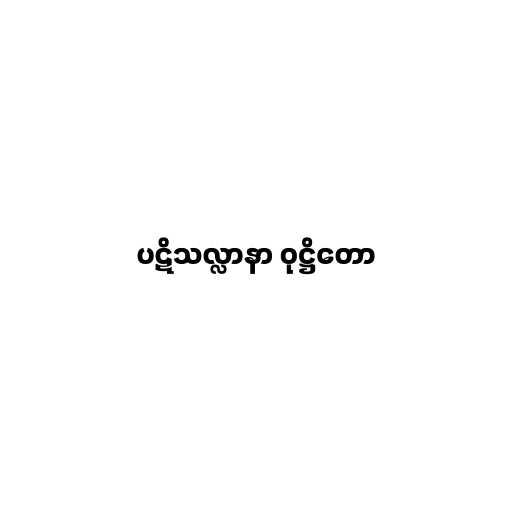
ပဋိသလ္လာနာ ဝုဋ္ဌိတော